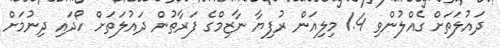
ދައުލަތަށް ގެއްލުންވި 1.4 މިލިއަން ރުފިޔާ ނާޒިމްގެ ފަރާތުން ދައުލަތަށް ހޯދައި ދިނުމަށް